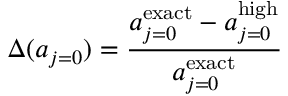
\Delta ( a _ { j = 0 } ) = \frac { a _ { j = 0 } ^ { \mathrm { e x a c t } } - a _ { j = 0 } ^ { \mathrm { h i g h } } } { a _ { j = 0 } ^ { \mathrm { e x a c t } } }